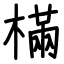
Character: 樠